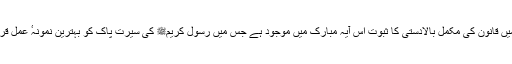
اسلامی نظام میں قانون کی مکمل بالادستی کا ثبوت اس آیہ مبارک میں موجود ہے جس میں رسول کریمﷺ کی سیرت پاک کو بہترین نمونہٴ عمل قرار دیا گیا ہے۔